Report on malaria in the Punjab during the year ...  together with an account of the work of the Punjab Malaria Bureau - Volume 5
Disease focus: Malaria
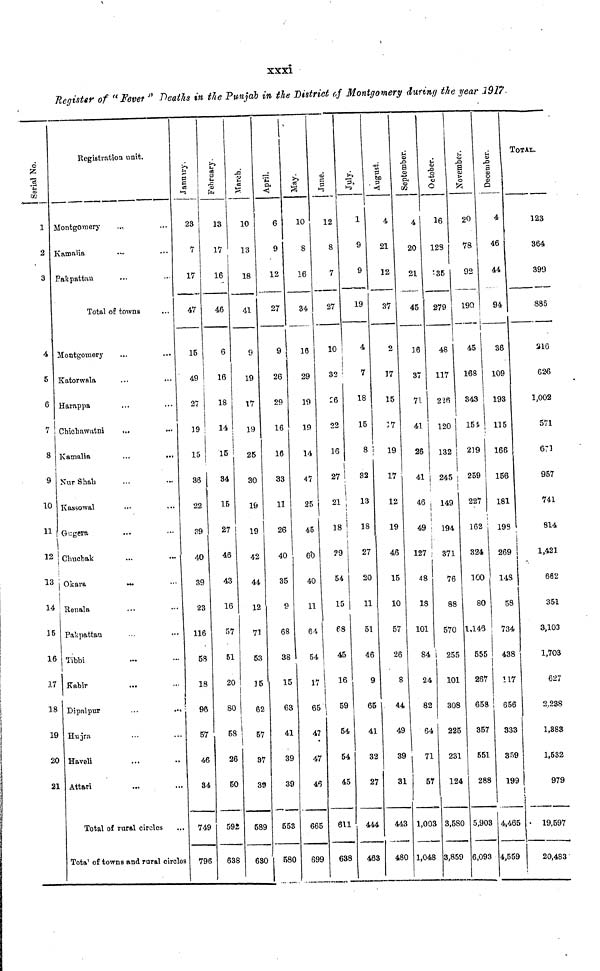
xxxi
Register of "Fever " Deaths in the Punjab in the District of Montgomery during the year 1917.
Serial No.
1
2
3
4
5
6
7
8
9
10
11
12
13
14
15
16
17
18
19
20
21
Registration unit.
Montgomery
Kamalia
Pakpattan
...
...
...
Total of towns
Montgomery
Katorwala
Harappa
Chicbawatni
Kamalia
Nur Shah
Kansowal
Gugern
Chucbak
Okara
Renala
Pakpattan
Tibbi
Kabir
Dipalpur
Hujra
Haveli
Attari
...
...
...
...
...
...
...
...
...
...
Total of rural circles
...
...
...
...
...
...
...
...
...
...
...
...
...
...
Total of towns and rural circles
23
7
17
47
15
49
27
19
15
36
22
39
40
39
23
116
58
18
96
57
46
34
749
796
February.
13
17
16
46
6
16
18
14
15
34
15
27
46
43
16
57
51
20
80
58
26
50
592
638
10
13
18
41
9
19
17
19
25
30
19
19
42
44
12
.1
53
15
62
57
37
39
589
630
April.
6
9
12
27
9
26
29
16
16
33
11
26
40
35
9
68
38
15
63
41
39
39
553
580
May.
10
8
16
34
16
29
19
19
14
47
25
45
60
40
11
64
54
17
65
47
47
46
665
699
June.
'
12
8
7
27
10
i
32
26
22
16
27
i
18
29
54
15
68
45
16
59
54
54
45
611
638
1
9
9
19
4
7
18
15
8
32
13
18
27
20
11
51
46
9
65
41
32
27
444
463
August.
4
21
12
37
2
17
15
19
17
12
19
46
15
10
57
26
8
44
49
39
31
443
480
September.
4
20
21
45
16
37
71
41
26
41
46
49
127
48
18
101
84
24
82
64
71
57
1,003
1,048
October.
16
128
35
279
48
117
226
120
132
245
149
194
371
76
88
570
255
101
308
225
231
124
3,580
3,859
November.
20
78
92
190
45
168
343
151
219
259
227
162
324
100
80
1,143
555
267
658
357
551
288
5,903
6,093
December.
4
46
44
94
36
109
193
115
166
156
181
198
269
148
58
734
438
117
656
333
359
199
4,465
4,559
TOTAL
123
364
399
885
216
626
1,002
571
671
957
741
814
1,421
662
351
3,103
1,703
627
2.238
1,383
1,532
979
19,597
20,483